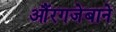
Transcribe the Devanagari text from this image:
औंरगजेबाने